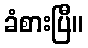
ခံစားပြီ။